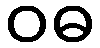
ဝဓ